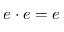
e \cdot e = e